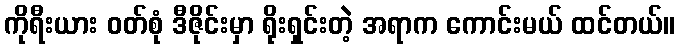
ကိုရီးယား ဝတ်စုံ ဒီဇိုင်းမှာ ရိုးရှင်းတဲ့ အရာက ကောင်းမယ် ထင်တယ်။